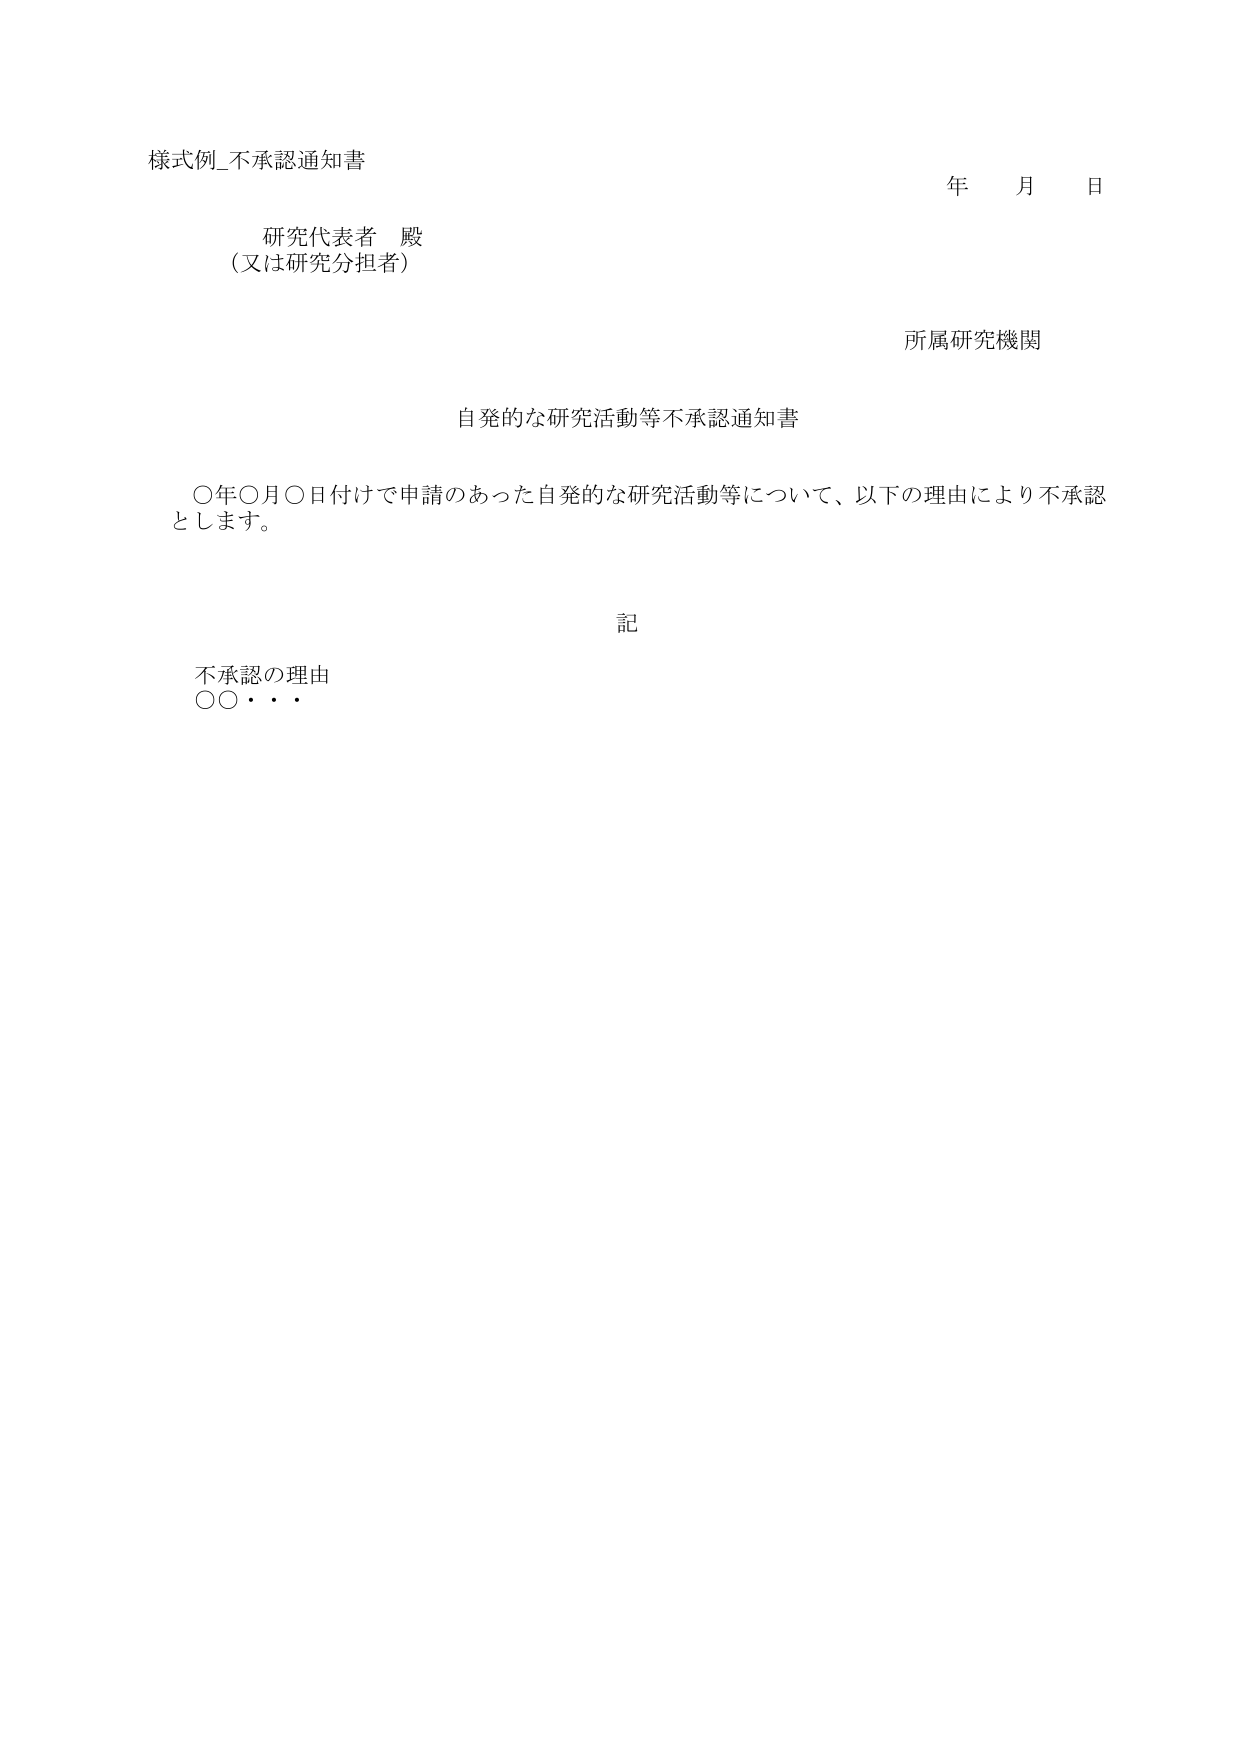
様式例_不承認通知書

研究代表者 殿
（又は研究分担者）

年 月 日

所属研究機関

自発的な研究活動等不承認通知書

〇年〇月〇日付けで申請のあった自発的な研究活動等について、以下の理由により不承認とします。

記

不承認の理由
〇〇・・・